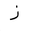
Letter: _zay